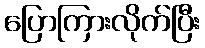
ပြောကြားလိုက်ပြီး